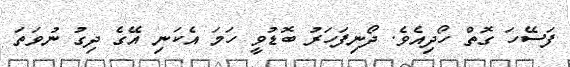
ފަސޭހަ ގޮތް ހޯދިއެވެ. ދޯނިފަހަރު ބޮޑުވީ ހަމަ އެކަނި އޭގެ ދިގު ނުވަތަ